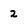
Character: 2